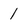
Character: 1